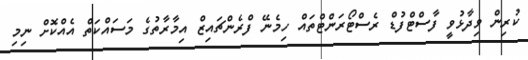
ކުރިން ވިދާޅުވީ ފާސްޓްފުޑް ރެސްޓޯރަންޓްތައް ހިމެނޭ ފްރެންޗައިޒް އިމާރާތުގެ މަސައްކަތް އެއްކޮށް ނިމި